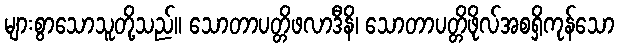
များစွာသောသူတို့သည်။ သောတာပတ္တိဖလာဒီနိ၊ သောတာပတ္တိဖိုလ်အစရှိကုန်သော